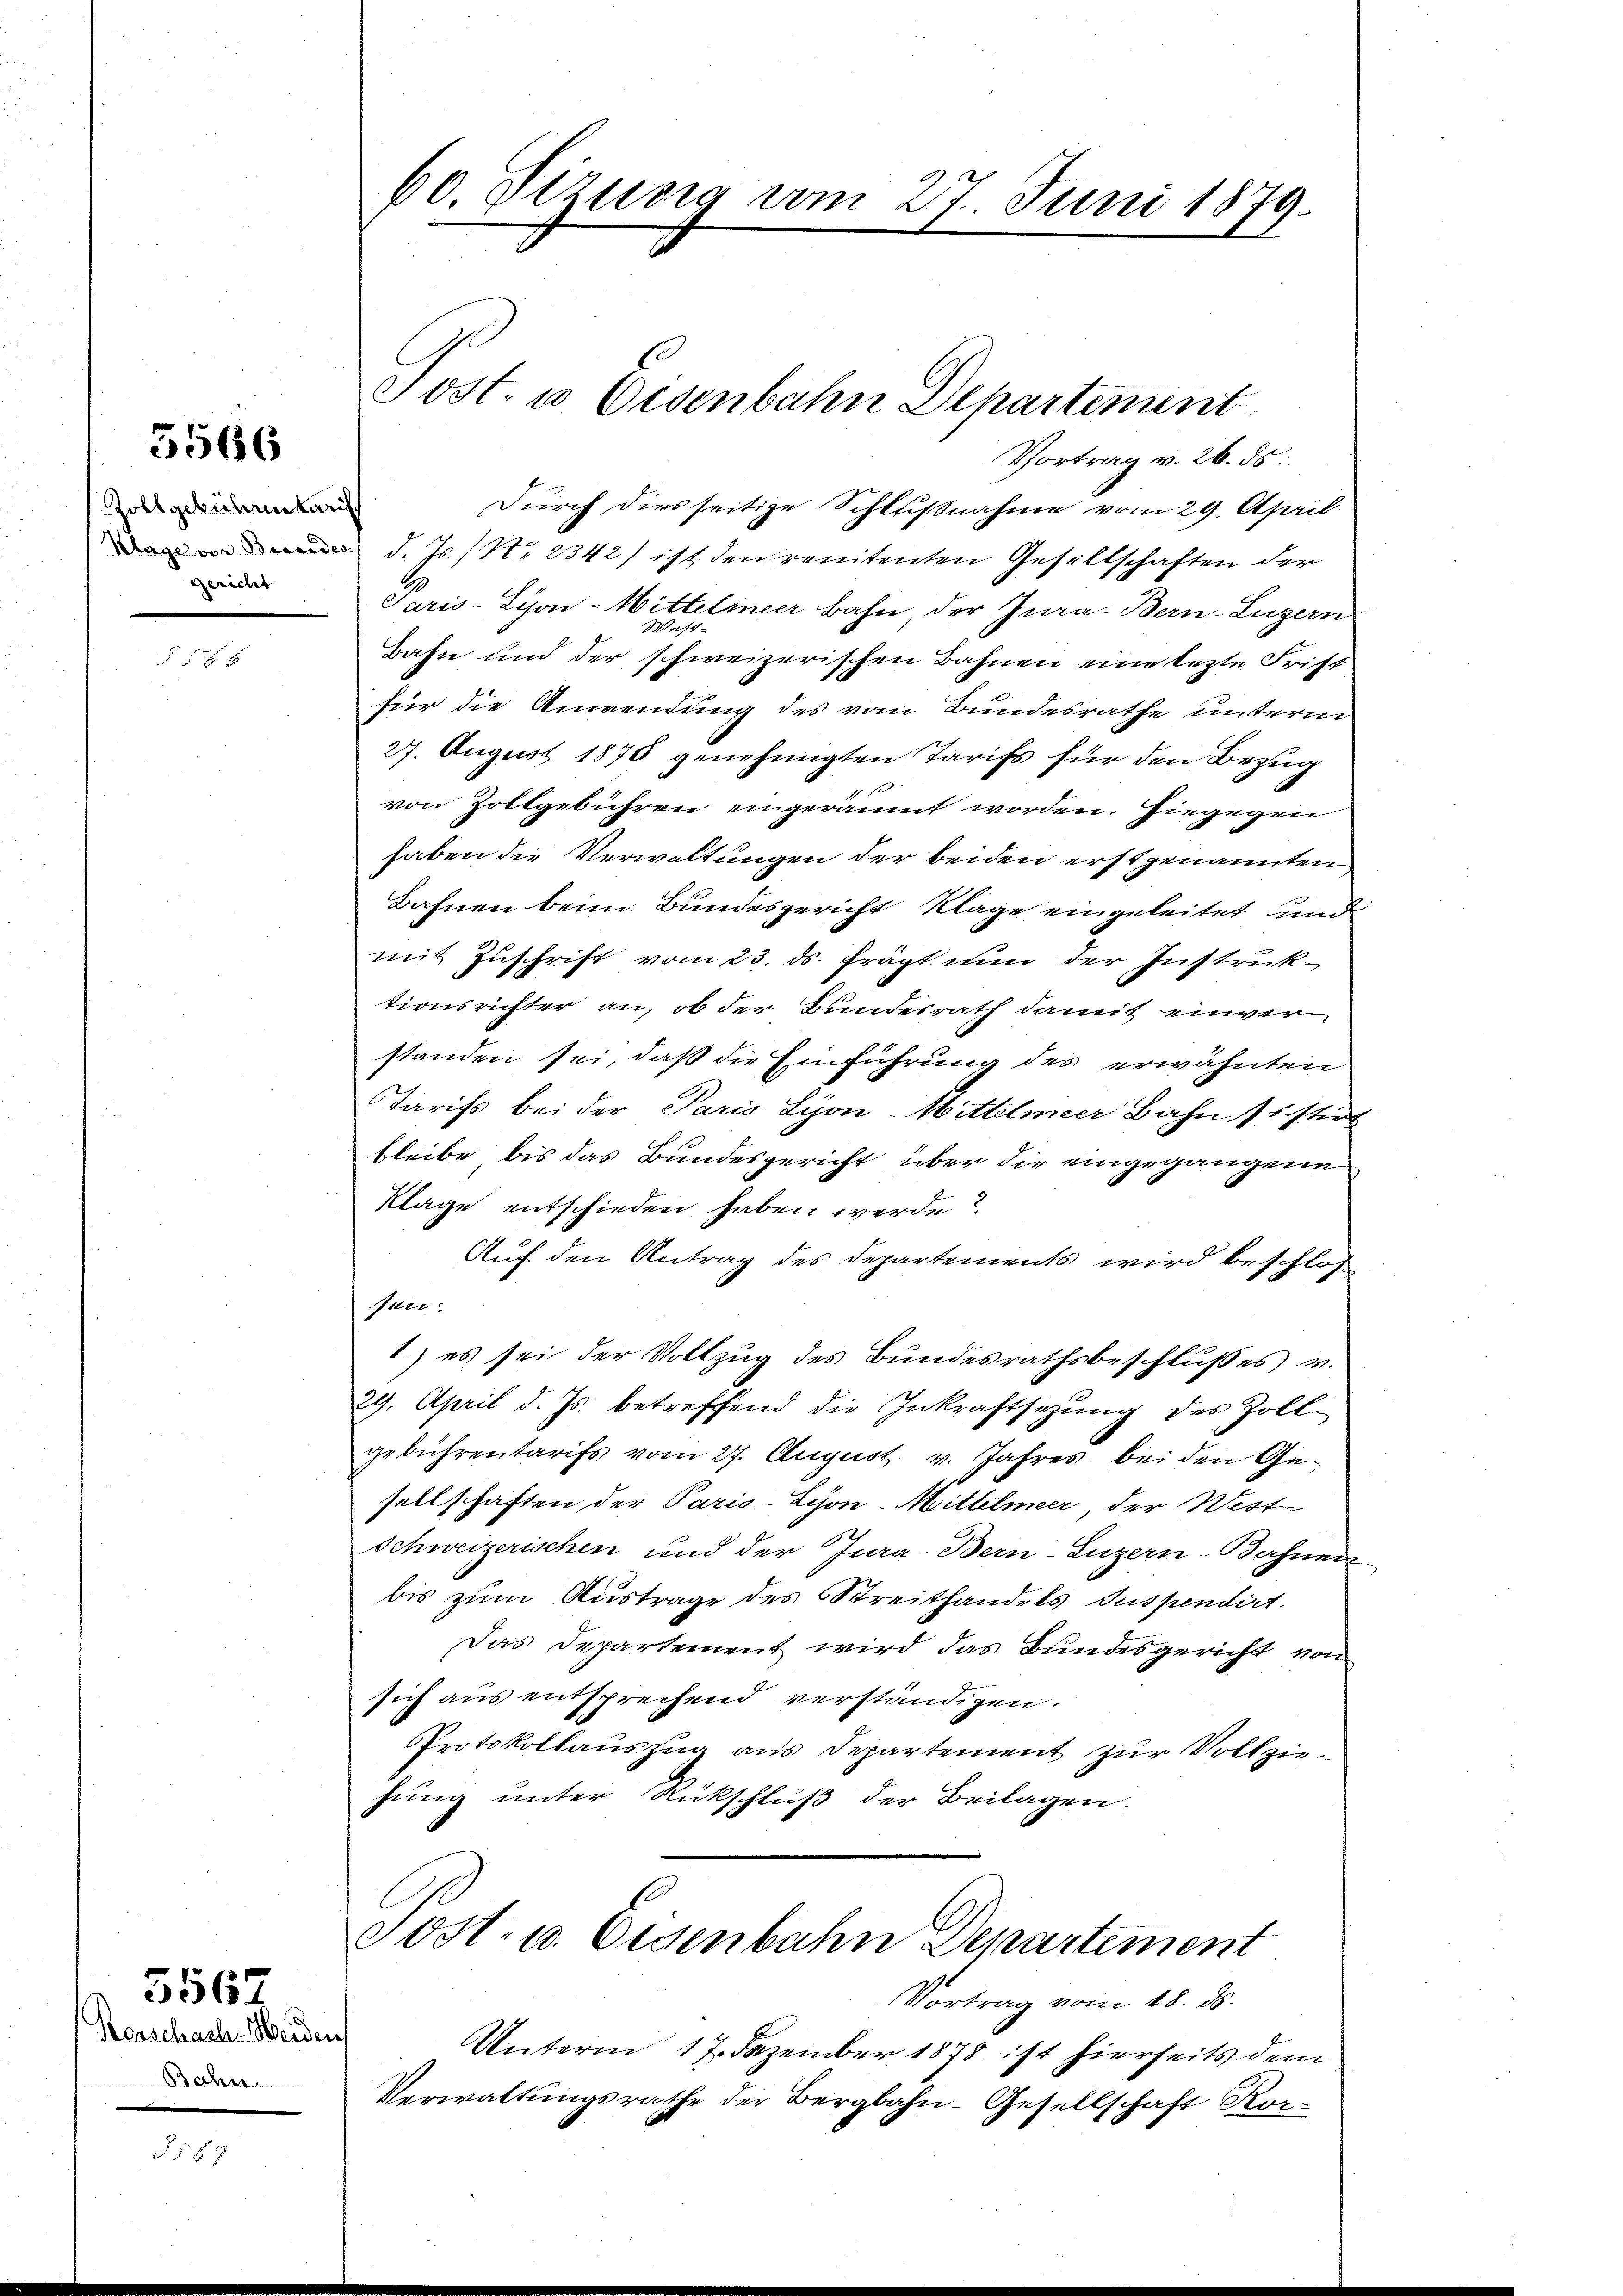
5566

Zollgebührenkarisch
gericht

5 x 6

5567

Korschach. Weider
e

60. Dizusig vom 27. Juni 1879.

Sost- u Eisenbahn Departement

Vortrag v. 26. ds.
Durch diesseitige Schlußnahme vom 29. April
 d. Js. No 2342) ist den renitenten Gesellschaften der
Paris-Lijon-Wittelineer Bahn, der Jura. Bern-Luzern
West
Bahn und der schweizerischen Bahnen eine lezte Frist
für die Anwendung des vom Bundesrathe unterm
27. August 1876 genehmigten Tarifs für den Bezug
von Zollgebühren eingeräumt worden. Hiegegen
haben die Verwaltungen der beiden erstgenannten
Bahnen beim Bundesgericht Klage eingeleitet und
mit Zuschrift vom 23. ds. frägt nun der Instruktionsrichter an, ob der Bundesrath damit einverstanden sei, daß die Einführung des erwähnten
Tarifs bei der Paris Lyon-Mittelmeer Bahn /: stirt
bleibe bis das Bundesgericht über die eingegangene
Klage entschieden haben werde?
Auf den Antrag des Departements wird beschlos
sen.
1.) es sei der Vollzug des Bundesrathsbeschlußes v.
29. April d. Js. betreffend die Inkraftsezung des Zoll-
gebührentarifs vom 27. August v. Jahres bei den Ge-
sellschaften der Paris - Lyon-Mittelmeer, der West
Schweizerischen und der Jura-Bern-Luzern-Bahnen
bis zum Austrage des Streithandels Suspendirt.
Das Departement wird das Bundesgericht von
sich aus entsprechend verständigen.
Protokollauszug aus Departement zur Vollziehung unter Rückschluß der Beilagen.

Post- u. Eisenbahn Departement
Vortrag vom 18. ds.
af
Unterm 17. Dezember 1878 ist hierseits dem

Verwaltungsrathe der Bergbahn-Gesellschaft Kor-